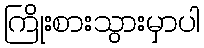
ကြိုးစားသွားမှာပါ